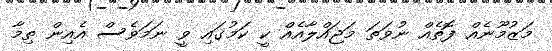
މަޒުމޫނެއް ފޮތެއް ނުވަތަ މަޖައްލާއެއް ކީ ކަމުގައި ވީ ނަމަވެސް އެއިން ތިމާ